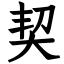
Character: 契